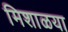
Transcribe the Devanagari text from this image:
मिशाळया